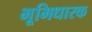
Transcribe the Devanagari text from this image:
भूमिधारक